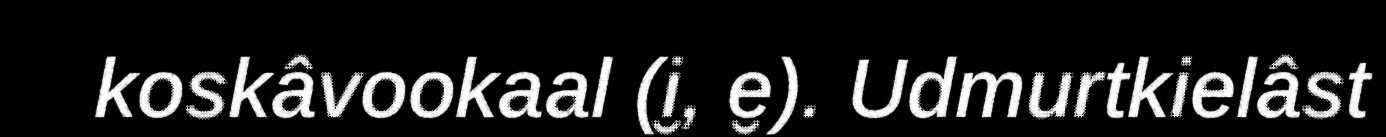
koskâvookaal (i̮, e̮). Udmurtkielâst